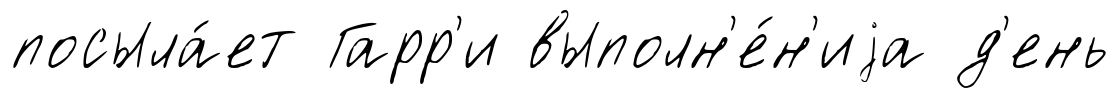
посыла́ет Гарр'и выполн'е́н'иjа д'ень